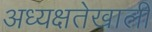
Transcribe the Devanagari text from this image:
अध्यक्षतेखालीं